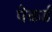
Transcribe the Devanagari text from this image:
पेकर्ड